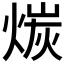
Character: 𪹇